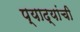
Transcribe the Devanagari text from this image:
प्याद्यांची